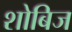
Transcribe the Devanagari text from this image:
शोबिज